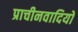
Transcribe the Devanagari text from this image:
प्राचीनवादियों